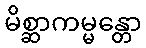
မိစ္ဆာကမ္မန္တော